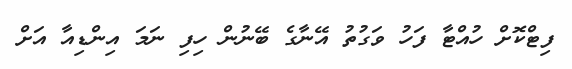
ފިޓްކޮށް ހުއްޓާ ފަހު ވަގުތު އޭނާގެ ބޭނުން ހިފި ނަމަ އިންޑިއާ އަށް